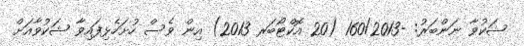
ޝަކުވާ ނަންބަރު: -160/2013 (20 އޮކްޓޯބަރ 2013) އިން ވެސް ހުށަހެޅިފައިވާ ޝަކުވާއަށް